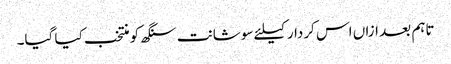
تاہم بعد ازاں اس کردار کیلئے سوشانت سنگھ کو منتخب کیا گیا۔